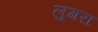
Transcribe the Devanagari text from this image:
लुगरा